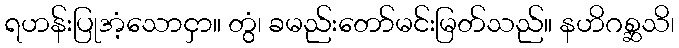
ရဟန်းပြုအံ့သောငှာ။ တွံ၊ ခမည်းတော်မင်းမြတ်သည်။ နဟိဂစ္ဆသိ၊